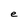
Character: e